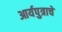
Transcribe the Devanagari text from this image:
आर्यपुत्राचे